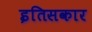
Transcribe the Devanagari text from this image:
इतिसकार